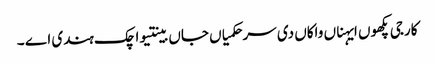
کارجی پکھوں ایہناں واکاں دی سر حکمیاں جاں بینتیواچک ہندی اے ۔